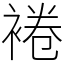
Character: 裷